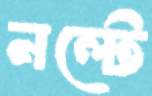
নল্টে